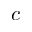
c